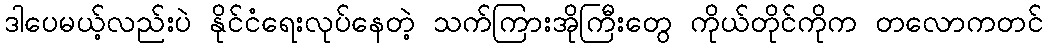
ဒါပေမယ့်လည်းပဲ နိုင်ငံရေးလုပ်နေတဲ့ သက်ကြားအိုကြီးတွေ ကိုယ်တိုင်ကိုက တလောကတင်